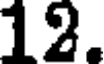
12.